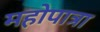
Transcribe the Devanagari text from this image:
महोपात्रा